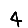
Digit: 4